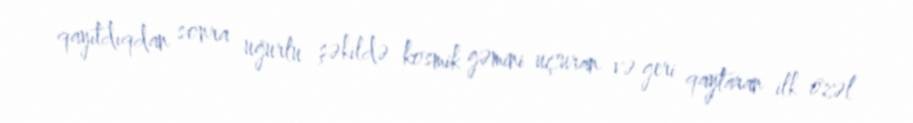
qayıtdıqdan sonra uğurlu şəkildə kosmik gəmini uçuran və geri qaytaran ilk özəl